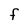
Character: F